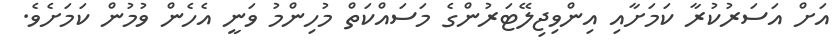
އަށް އަސަރުކުރާ ކަމަށާއި އިންވިޖިލޭޓަރުންގެ މަސައްކަތް މުހިންމު ވަނީ އެހެން ވުމުން ކަމަށެވެ.